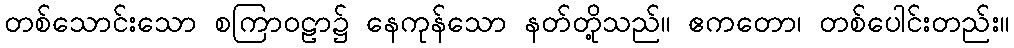
တစ်သောင်းသော စကြာဝဠာ၌ နေကုန်သော နတ်တို့သည်။ ဧကတော၊ တစ်ပေါင်းတည်း။